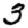
Digit: 3